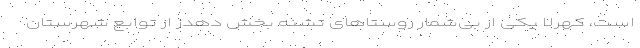
است، کُهرلا یکی از بی‌شمار روستاهای تشنه بخش دهدز از توابع شهرستان